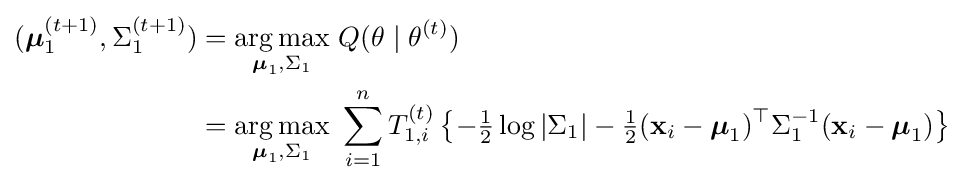
{\begin{aligned}({\boldsymbol {\mu }}_{1}^{(t+1)},\Sigma _{1}^{(t+1)})&={\underset {{\boldsymbol {\mu }}_{1},\Sigma _{1}}{\operatorname {arg\,max} }}\ Q(\theta \mid \theta ^{(t)})\\&={\underset {{\boldsymbol {\mu }}_{1},\Sigma _{1}}{\operatorname {arg\,max} }}\ \sum _{i=1}^{n}T_{1,i}^{(t)}\left\{-{\tfrac {1}{2}}\log |\Sigma _{1}|-{\tfrac {1}{2}}(\mathbf {x} _{i}-{\boldsymbol {\mu }}_{1})^{\top }\Sigma _{1}^{-1}(\mathbf {x} _{i}-{\boldsymbol {\mu }}_{1})\right\}\end{aligned}}